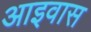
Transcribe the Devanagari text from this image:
आइवास